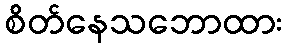
စိတ်နေသဘောထား